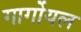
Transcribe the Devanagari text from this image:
गार्गोयल